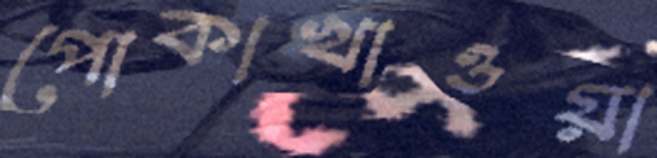
পোকাখাওয়া